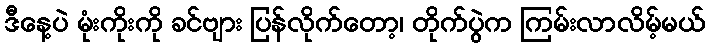
ဒီနေ့ပဲ မုံးကိုးကို ခင်ဗျား ပြန်လိုက်တော့၊ တိုက်ပွဲက ကြမ်းလာလိမ့်မယ်